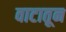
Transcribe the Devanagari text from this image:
वाटातून